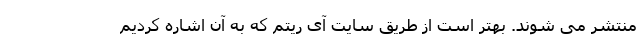
منتشر می شوند. بهتر است از طریق سایت آی ریتم که به آن اشاره کردیم